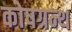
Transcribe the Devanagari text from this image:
कोषग्रन्थ